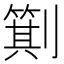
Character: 𪟕